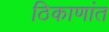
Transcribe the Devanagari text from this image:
ठिकाणांत